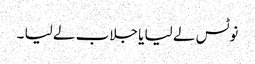
نوٹس لے لیا یا جلاب لے لیا ۔